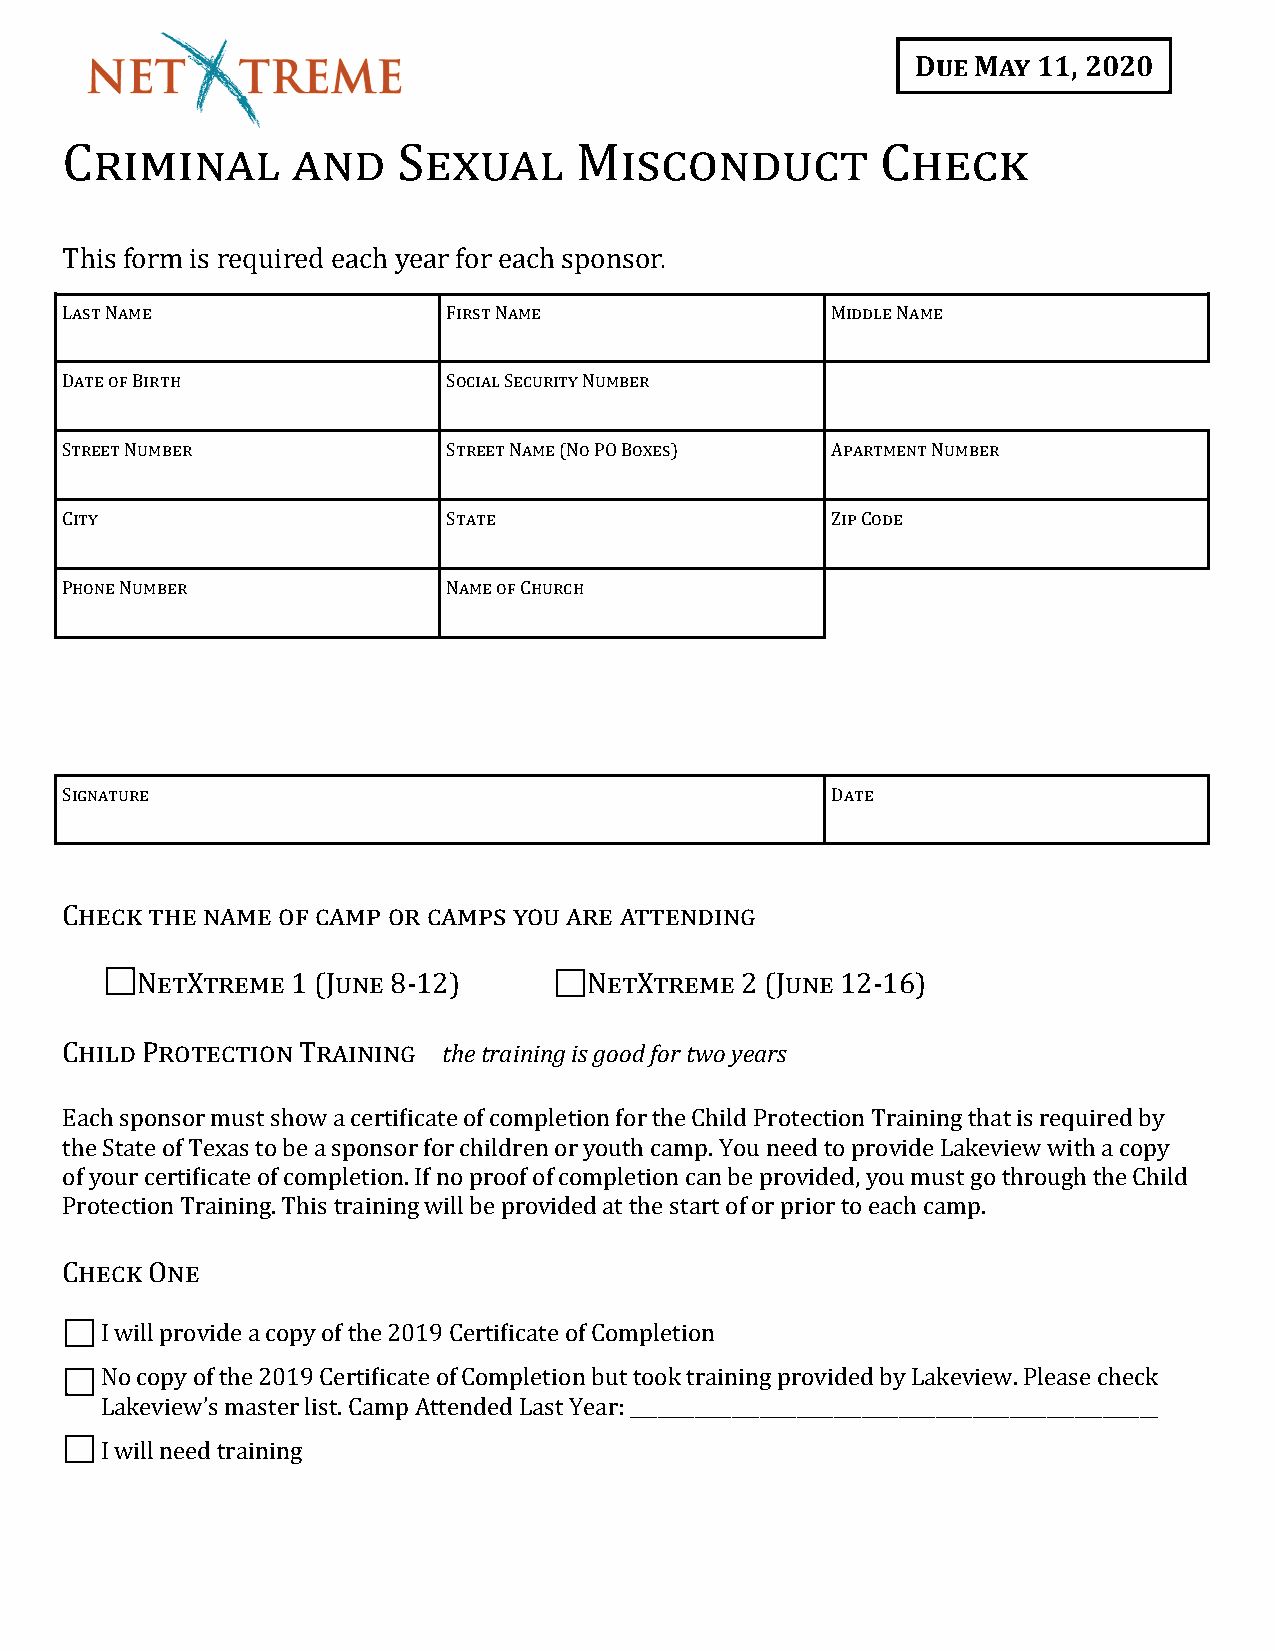
Due May 11, 2020
 Criminal       and    Sexual      Misconduct          Check
 This form is required each year for each sponsor.
 Last Name                 First Name               Middle Name
 Date of Birth             Social Security Number
 Street Number             Street Name (No PO Boxes) Apartment Number
 City                      State                    Zip Code
 Phone Number              Name of Church
 Signature                                          Date
 Check the name of camp or camps you are attending
 NetXtreme 1 (June 8-12)       NetXtreme 2 (June 12-16)
 Child Protection Training the training is good for two years
 Each sponsor must show a certificate of completion for the Child Protection Training that is required by
 the State of Texas to be a sponsor for children or youth camp. You need to provide Lakeview with a copy
 of your certificate of completion. If no proof of completion can be provided, you must go through the Child
 Protection Training. This training will be provided at the start of or prior to each camp.
 Check One
 I will provide a copy of the 2019 Certificate of Completion
 No copy of the 2019 Certificate of Completion but took training provided by Lakeview. Please check
 Lakeview’s master list. Camp Attended Last Year: _________________________________________________________
 I will need training